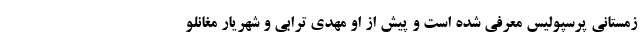
زمستانی پرسپولیس معرفی شده است و پیش از او مهدی ترابی و شهریار مغانلو